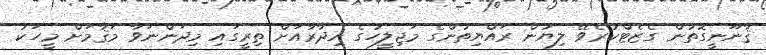
ޤާނޫނީގޮތުން ގެޒެޓްކުރެވޭ ލިޔުން ރައްޔިތުންގެ މަޖިލީހުގެ އިދާރާއަށް ތިރީގައި މިދަންނަވާ މަޤާމަށް މީހަކު